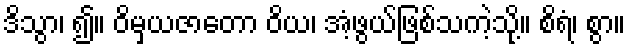
ဒိသွာ၊ ၍။ ဝိမှယဇာတော ဝိယ၊ အံ့ဖွယ်ဖြစ်သကဲ့သို့။ စိရံ၊ စွာ။